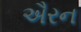
ઐરન